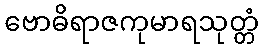
ဗောဓိရာဇကုမာရသုတ္တံ